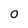
Character: 0